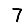
Digit: 7